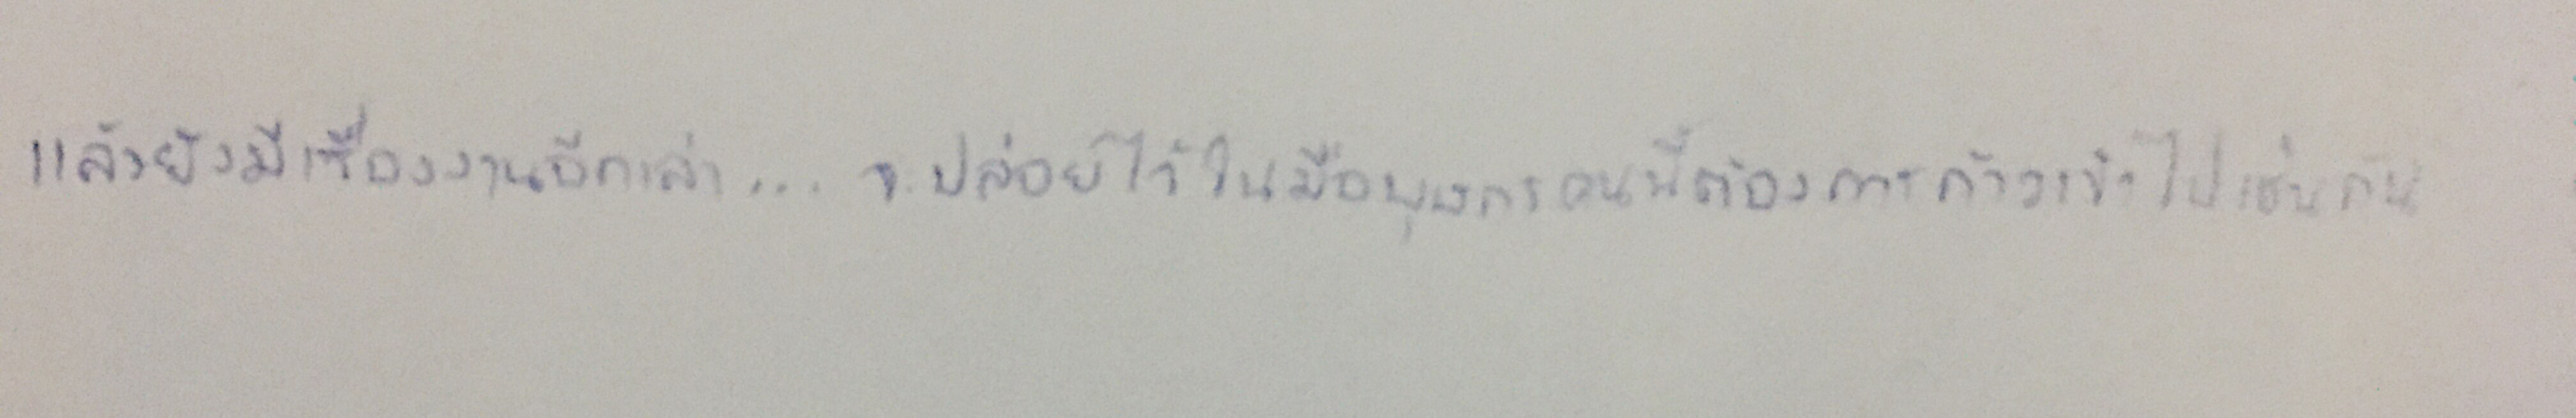
แล้วยังเรื่องงานอีกเล่า...จะปล่อยไว้ในมือบุษกรคนนี้ต้องก้าวเข้าไปเช่นกัน